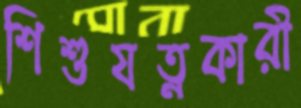
শিশুযত্নকারী